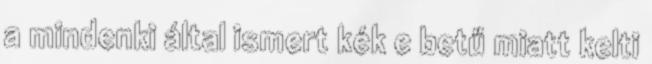
a mindenki által ismert kék e betű miatt kelti